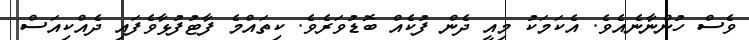
ވެސް ހުންނާނެއެވެ. އެކަމަކު މިއީ ދެން ފުކެއް ބޮޑުވަރެވެ. ކިތައްމެ ފާޓުފުޅާވެފައި ދެއްކިއަސް